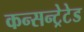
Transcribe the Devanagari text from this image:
कन्सन्ट्रेटेड